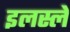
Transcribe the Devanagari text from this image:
इलस्ले